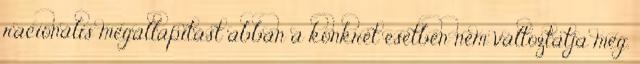
racionális megállapítást abban a konkrét esetben nem változtatja meg.